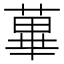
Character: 蓽